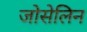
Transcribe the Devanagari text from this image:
जोसेलिन